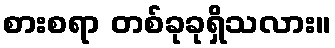
စားစရာ တစ်ခုခုရှိသလား။